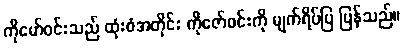
ကိုမော်ဝင်းသည် ထုံးစံအတိုင်း ကိုဇော်ဝင်းကို မျက်ရိပ်ပြ ပြန်သည်။